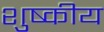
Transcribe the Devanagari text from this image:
शुष्कीय